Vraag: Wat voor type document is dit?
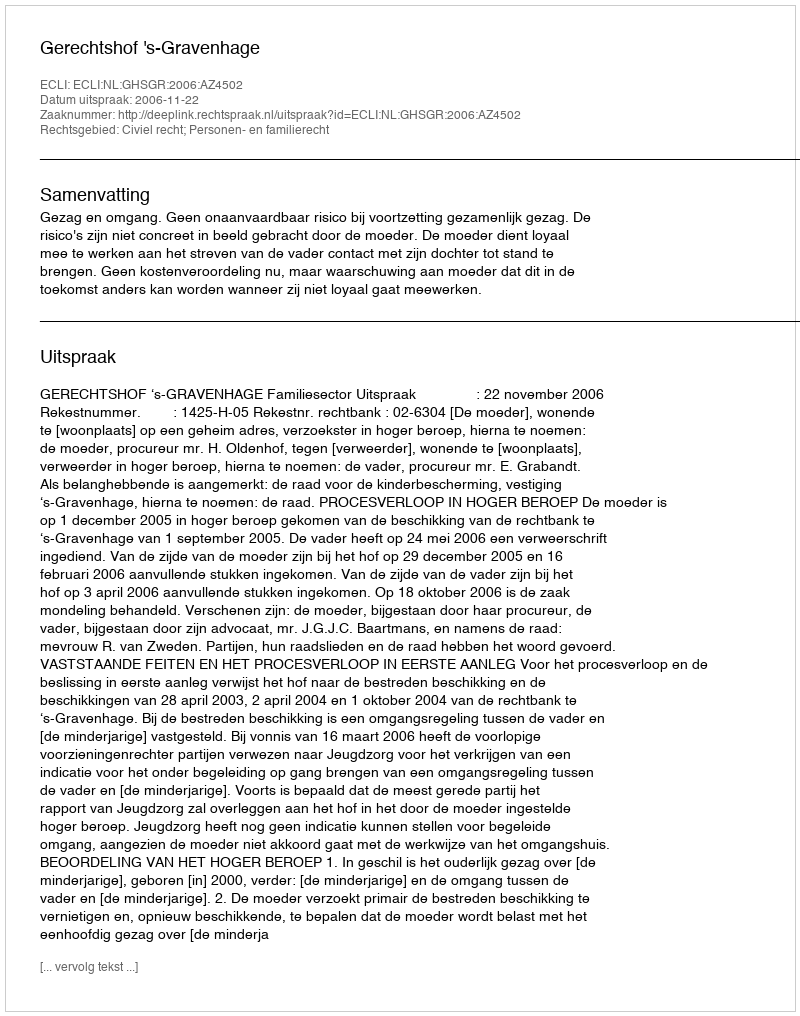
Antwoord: Uitspraak